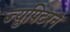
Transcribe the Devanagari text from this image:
ज्युपिटरने